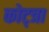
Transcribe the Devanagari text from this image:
कोट्त्रा